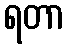
ရတာ